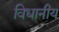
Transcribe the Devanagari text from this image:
विधानीय